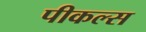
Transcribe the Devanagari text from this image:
पीकल्स